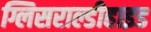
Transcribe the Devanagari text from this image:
ग्लिसराल्डीहाइड